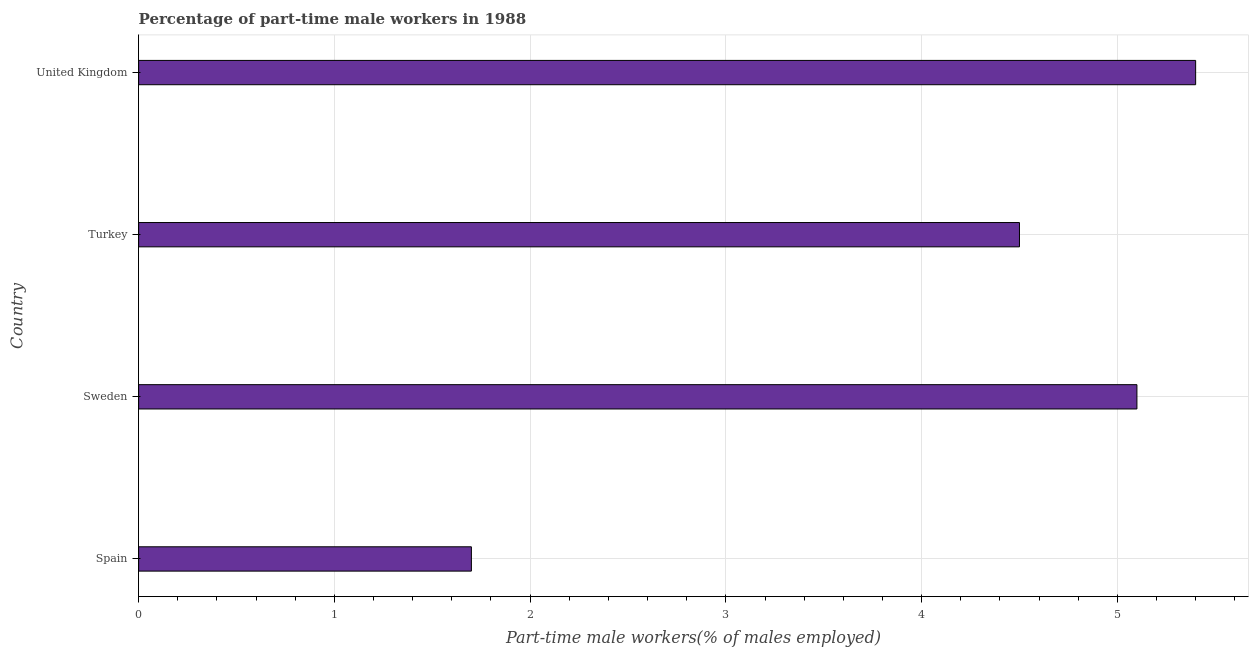
| Country | Part time employment |
 | --- | --- |
 | Spain | 1.7 |
 | Sweden | 5.1 |
 | Turkey | 4.5 |
 | United Kingdom | 5.4 |